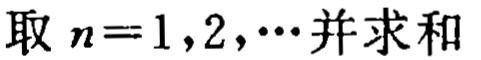
取 \(n = 1,2,\cdots\) 并求和